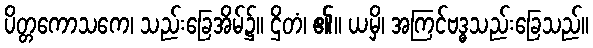
ပိတ္တကောသကေ၊ သည်းခြေအိမ်၌။ ဌိတံ၊ ၏။ ယမှိ၊ အကြင်ဗဒ္ဓသည်းခြေသည်။